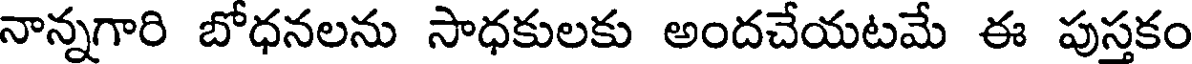
నాన్నగారి బోధనలను సాధకులకు అందచేయటమే ఈ పుస్తకం